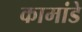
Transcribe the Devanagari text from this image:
कामांडे